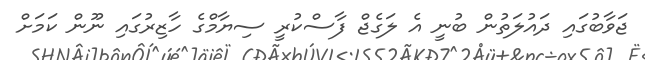
ޖަވާބުގައި ދައުލަތުން ބުނީ އެ ލަގެޖް ފާސްކުރީ ސިޔާމްގެ ހާޒިރުގައި ނޫން ކަމަށް